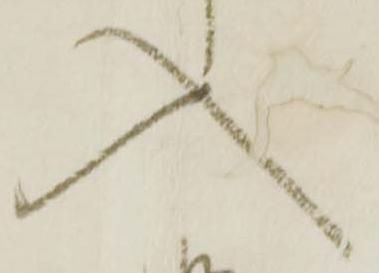
入